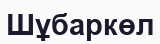
Шұбаркөл